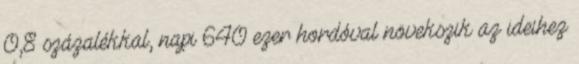
0,8 százalékkal, napi 640 ezer hordóval növekszik az ideihez